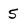
Character: 5